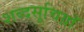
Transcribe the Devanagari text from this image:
शब्दसूचिय़ाँ